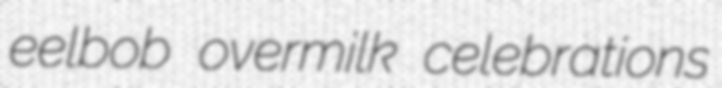
eelbob overmilk celebrations